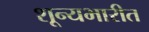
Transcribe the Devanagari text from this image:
शून्यभारीत